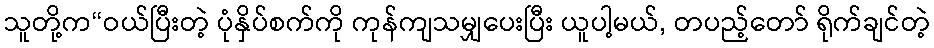
သူတို့က“ဝယ်ပြီးတဲ့ ပုံနှိပ်စက်ကို ကုန်ကျသမျှပေးပြီး ယူပါ့မယ်, တပည့်တော် ရိုက်ချင်တဲ့